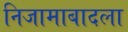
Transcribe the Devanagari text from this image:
निजामाबादला